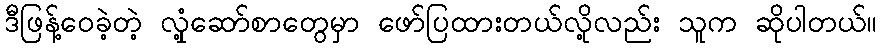
ဒီဖြန့်ဝေခဲ့တဲ့ လှုံ့ဆော်စာတွေမှာ ဖော်ပြထားတယ်လို့လည်း သူက ဆိုပါတယ်။